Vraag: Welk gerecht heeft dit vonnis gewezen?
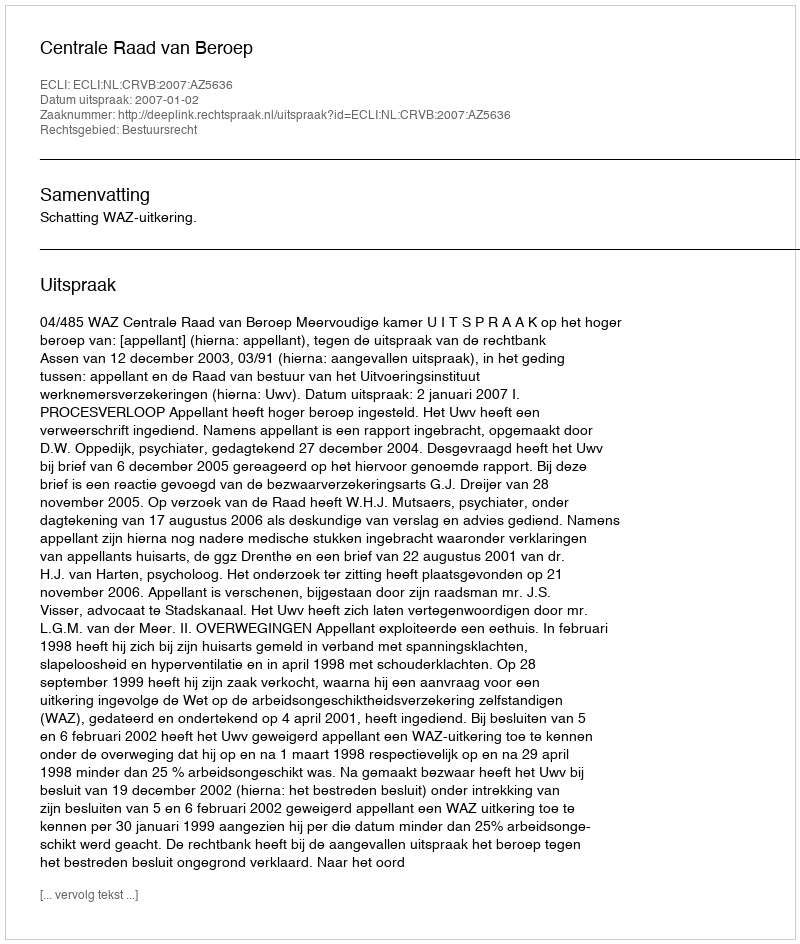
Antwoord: Centrale Raad van Beroep